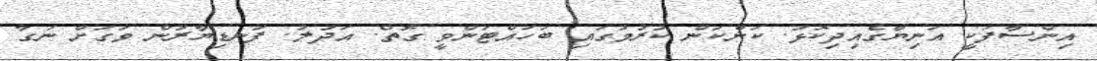
އިންސާފަކީ އަނިޔާގެއިދިކޮޅު. ކަންކަން ކުރުމުގައި ބަހައްޓަންވީ ގޮތް. އަދުލު. ފަނޑިޔާރުން ވަގަށް ނަގާ